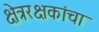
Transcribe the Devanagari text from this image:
क्षेत्ररक्षकांचा